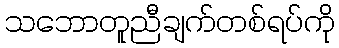
သဘောတူညီချက်တစ်ရပ်ကို